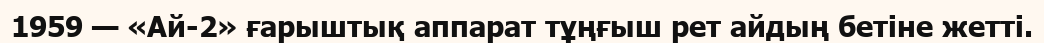
1959 — «Ай-2» ғарыштық аппарат тұңғыш рет айдың бетіне жетті.